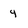
Character: 4